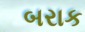
બરાક